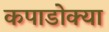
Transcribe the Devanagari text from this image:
कपाडोक्या